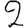
Digit: 2